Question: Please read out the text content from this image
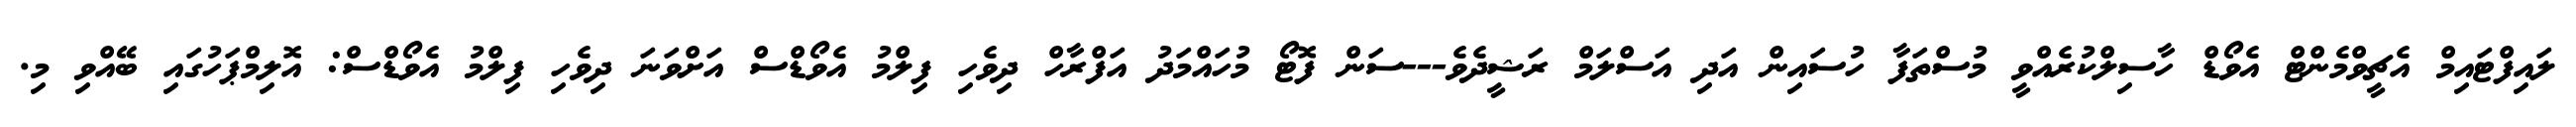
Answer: ލައިފްޓައިމް އެޗީވްމެންޓް އެވޯޑް ހާސިލްކުރެއްވީ މުސްތަފާ ހުސައިން އަދި އަސްލަމް ރަޝީދެވެ---ސަން ފޮޓޯ މުހައްމަދު އަފްރާހް ދިވެހި ފިލްމު އެވޯޑްސް އަށްވަނަ ދިވެހި ފިލްމު އެވޯޑްސް: އޮލިމްޕަހުގައި ބޭއްވި މި.